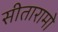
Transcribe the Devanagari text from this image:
सीतारामो